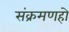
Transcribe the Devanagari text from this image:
संक्रमणहो